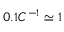
0 . 1 C ^ { - 1 } \simeq 1